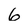
Character: 6